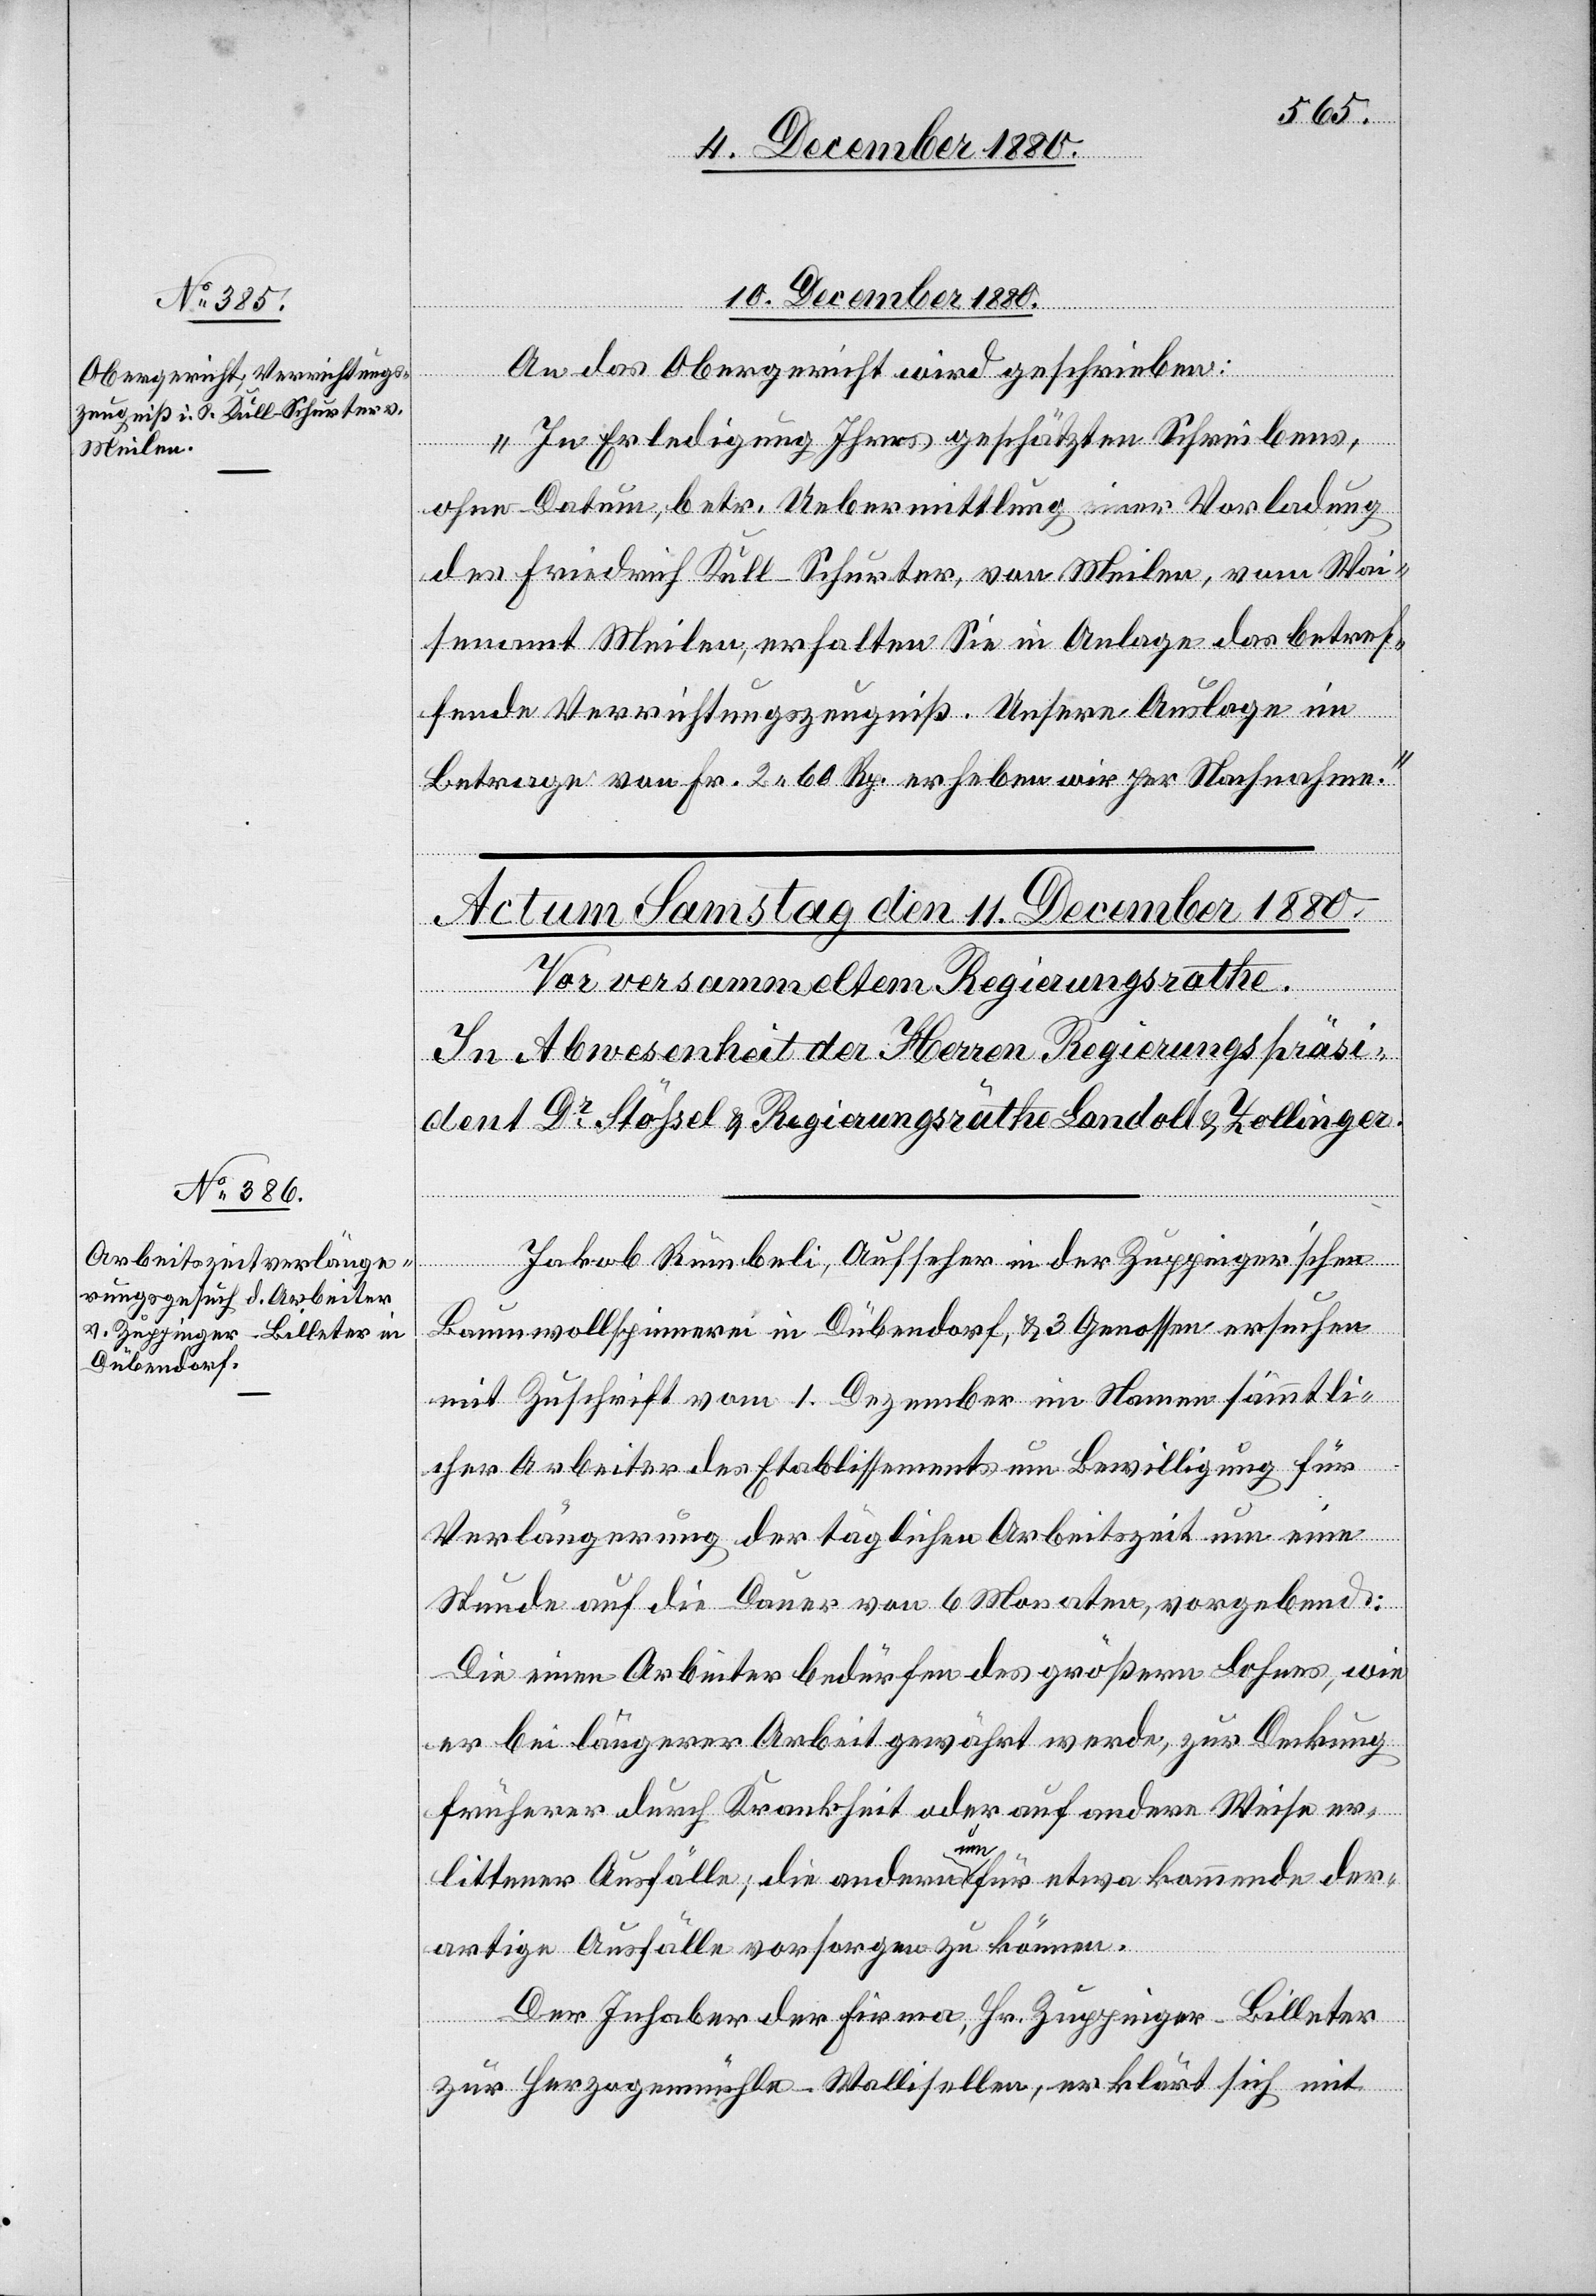
10. December 1880.
An das Obergericht wird geschrieben:
„In Erledigung Ihres geschätzten Schreibens,
ohne Datum, betr. Uebermittlung einer Vorladung
des Friedrich Kull-Schurter, von Meilen, vom Wai¬
senamt Meilen, erhalten Sie in Anlage das betref¬
fende Verrichtungszeugniß. Unsere Auslage im
Betrage von Fr. 2 60 Rp. erheben wir per Nachnahme.“
Baumwollspinnerei in Dübendorf, & 3 Genossen ersuchen
mit Zuschrift vom 1. Dezember im Namen sämmtli¬
in der
cher Arbeiter des Etablissements um Bewilligung für
Verlängerung der täglichen Arbeitszeit um eine
Stunde auf die Dauer von 6 Monaten, vorgebend:
Die einen Arbeiter bedürfen des größern Lohnes, wie
er bei längerer Arbeit gewährt werde, zur Deckung
früherer durch Krankheit oder auf andere Weise er¬
littener Ausfälle; die anderen um für etwa kommende der¬
R¬
artige Ausfälle vorsorgen zu können.
Der Inhaber der Firma, Hr. Zuppinger-Billeter
zur Herzogenmühle - Wallisellen, erklärt sich mit